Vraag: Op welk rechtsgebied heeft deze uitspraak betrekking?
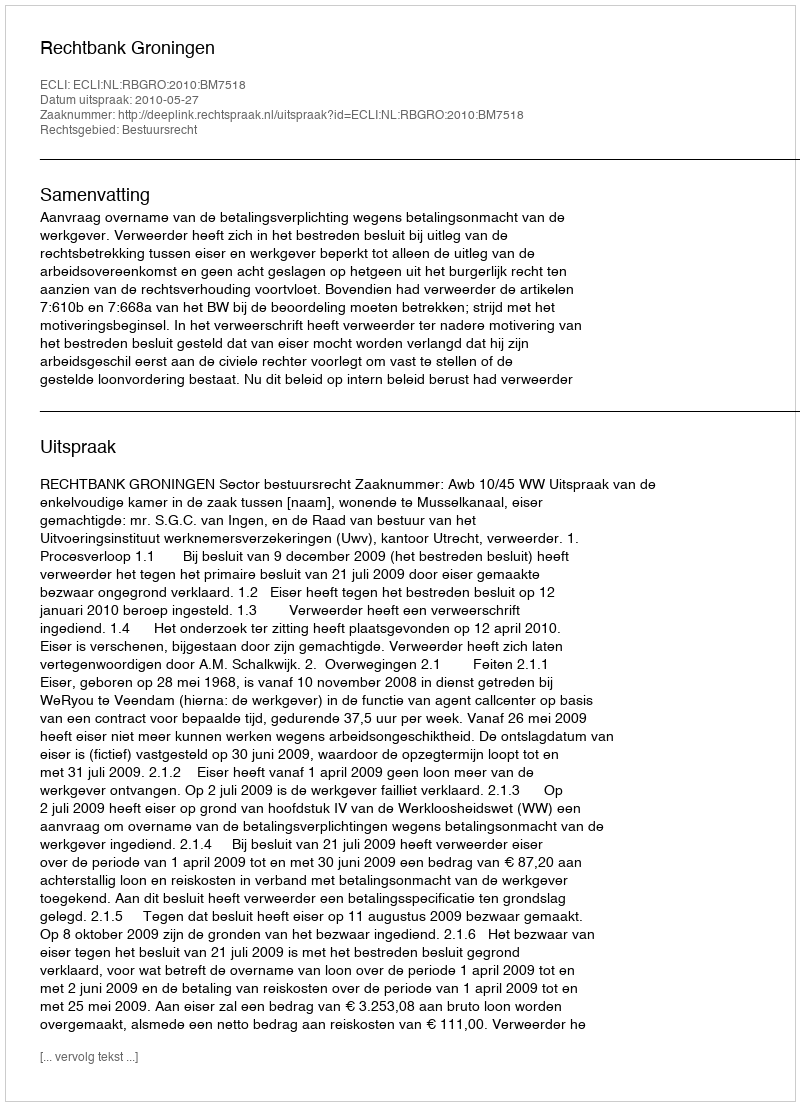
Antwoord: Bestuursrecht